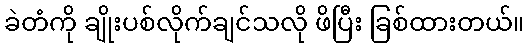
ခဲတံကို ချိုးပစ်လိုက်ချင်သလို ဖိပြီး ခြစ်ထားတယ်။